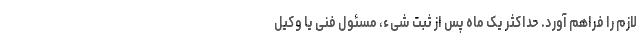
لازم را فراهم آورد. حداکثر یک ماه پس از ثبت شیء، مسئول فنی یا وکیل